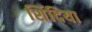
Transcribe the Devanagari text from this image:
शिंदिया